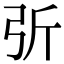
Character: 𢏂